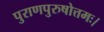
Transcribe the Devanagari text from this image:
पुराणपुरुषोत्तमः।